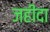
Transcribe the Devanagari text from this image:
जहीदा